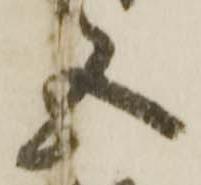
五